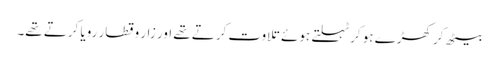
بیٹھ کر کھڑے ہو کر ٹہلتے ہوئے تلاوت کرتے تھے اور زار و قطار رویا کرتے تھے۔